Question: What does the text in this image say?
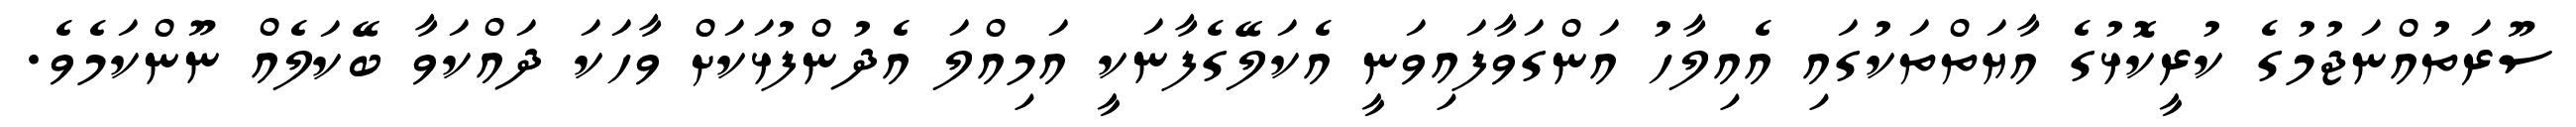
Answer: ސޫރަތުއްނަޖުމުގެ ކުރީކޮޅުގެ އާޔަތްތަކުގައި އެއިލާހު އަންގަވާފައިވަނީ އެކަލޭގެފާނަކީ އަމިއްލަ އެދުންފުޅަކަށް ވާހަކަ ދައްކަވާ ބޭކަލެއް ނޫންކަމެވެ.